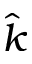
\hat { k }